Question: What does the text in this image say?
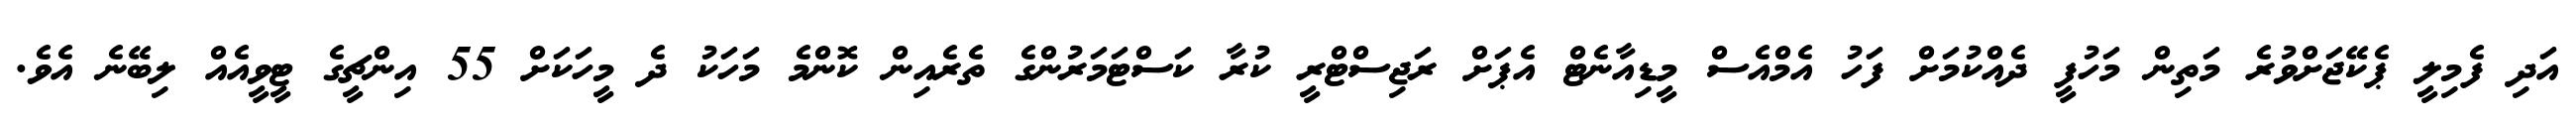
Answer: އަދި ފެމިލީ ޕެކޭޖަށްވުރެ މަތިން މަހުފީ ދެއްކުމަށް ފަހު އެމްއެސް މީޑިއާނެޓް އެޕަށް ރަޖިސްޓްރީ ކުރާ ކަސްޓަމަރުންގެ ތެރެއިން ކޮންމެ މަހަކު ދެ މީހަކަށް 55 އިންޗީގެ ޓީވީއެއް ލިބޭނެ އެވެ.